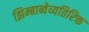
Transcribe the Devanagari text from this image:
झिम्बाब्वेव्यतिरिक्त